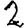
Digit: 2